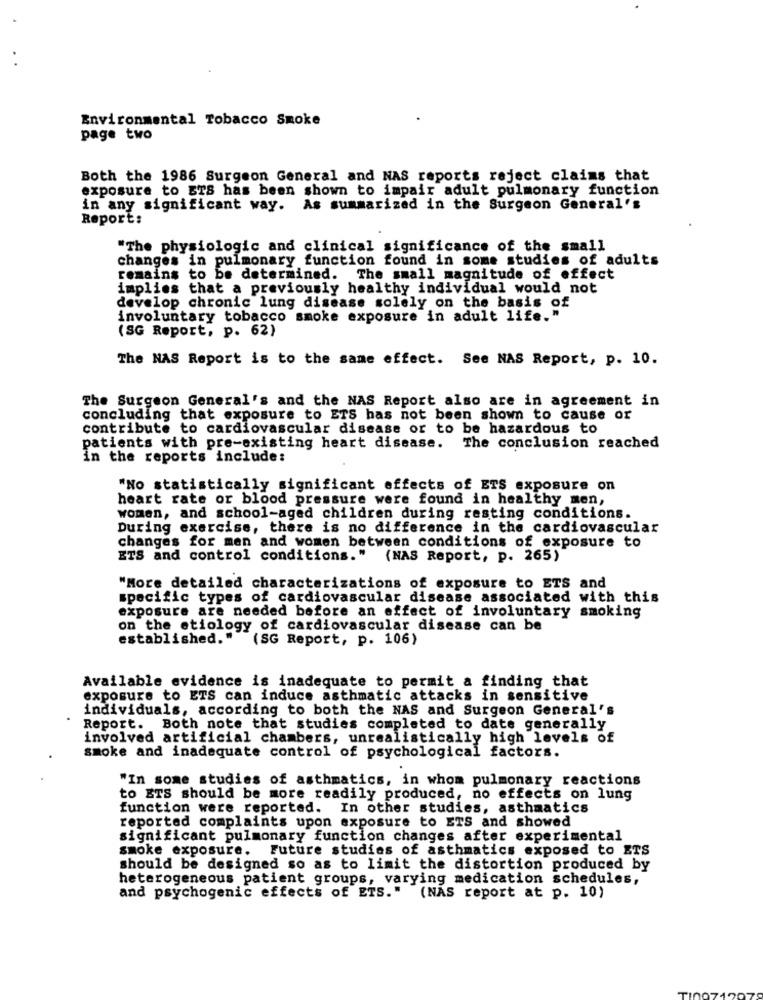
Environmental Tobacco Smoke
page two
Both the 1986 Surgeon General and NAS reports reject claims that
exposure to ETS has been shown to impair adult pulmonary function
in any significant way. As summarized in the Surgeon General's
Report:
"The physiologic and clinical significance of the small
changes in pulmonary function found in some studies of adults
remains to be determined. The small magnitude of effect
implies that a previously healthy individual would not
develop chronic lung disease solely on the basis of
involuntary tobacco smoke exposure in adult life."
(SG Report, p. 62)
The NAS Report is to the same effect. See NAS Report, p. 10.
The Surgeon General's and the NAS Report also are in agreement in
concluding that exposure to ETS has not been shown to cause or
contribute to cardiovascular disease or to be hazardous to
patients with pre-existing heart disease.
The conclusion reached
in the reports include:
"No statistically significant effects of ETS exposure on
heart rate or blood pressure were found in healthy men,
women, and school-aged children during resting conditions.
During exercise, there is no difference in the cardiovascular
changes for men and women between conditions of exposure to
ETS and control conditions." (NAS Report, p. 265)
"More detailed characterizations of exposure to ETS and
specific types of cardiovascular disease associated with this
exposure are needed before an effect of involuntary smoking
on the etiology of cardiovascular disease can be
established.""
(SG Report, p. 106)
Available evidence is inadequate to permit a finding that
exposure to ETS can induce asthmatic attacks in sensitive
individuals, according to both the NAS and Surgeon General's
Report. Both note that studies completed to date generally
involved artificial chambers, unrealistically high levels of
smoke and inadequate control of psychological factors.
"In some studies of asthmatics, in whom pulmonary reactions
to ETS should be more readily produced, no effects on lung
function were reported. In other studies, asthmatics
reported complaints upon exposure to ETS and showed
significant pulmonary function changes after experimental
smoke exposure.
Future studies of asthmatics exposed to ETS
should be designed so as to limit the distortion produced by
heterogeneous patient groups, varying medication schedules,
and psychogenic effects of ETS." (NAS report at p. 10)